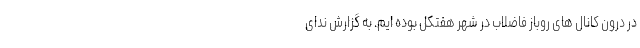
در درون کانال های روباز فاضلاب در شهر هفتکل بوده ایم. به گزارش ندای